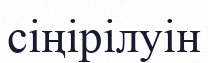
сіңірілуін